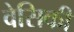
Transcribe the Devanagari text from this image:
वेसिकी